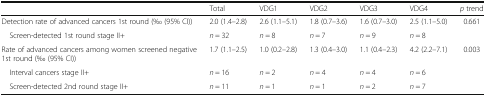
|  | Total | VDG1 | VDG2 | VDG3 | VDG4 | p trend |
 | --- | --- | --- | --- | --- | --- | --- |
 | Detection rate of advanced cancers 1st round (‰ (95% CI)) | 2.0 (1.4–2.8) | 2.6 (1.1–5.1) | 1.8 (0.7–3.6) | 1.6 (0.7–3.0) | 2.5 (1.1–5.0) | 0.661 |
 | Screen-detected 1st round stage II+ | n = 32 | n = 8 | n = 7 | n = 9 | n = 8 |  |
 | Rate of advanced cancers among women screened negative 1st round (‰ (95% CI)) | 1.7 (1.1–2.5) | 1.0 (0.2–2.8) | 1.3 (0.4–3.0) | 1.1 (0.4–2.3) | 4.2 (2.2–7.1) | 0.003 |
 | Interval cancers stage II+ | n = 16 | n = 2 | n = 4 | n = 4 | n = 6 |  |
 | Screen-detected 2nd round stage II+ | n = 11 | n = 1 | n = 1 | n = 2 | n = 7 |  |